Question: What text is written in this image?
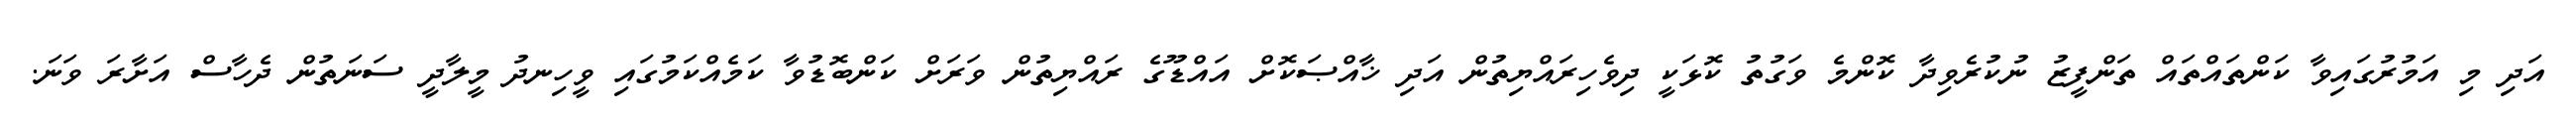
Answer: އަދި މި އަމުރުގައިވާ ކަންތައްތައް ތަންފީޒު ނުކުރެވިދާ ކޮންމެ ވަގުތު ކޮޅަކީ ދިވެހިރައްޔިތުން އަދި ޚާއްޞަކޮށް އައްޑޫގެ ރައްޔިތުން ވަރަށް ކަންބޮޑުވާ ކަމެއްކަމުގައި ވީހިނދު މީލާދީ ސަނަތުން ދެހާސް އަށާރަ ވަނަ.